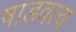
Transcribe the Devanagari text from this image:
षाडवत्व